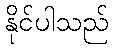
နိုင်ပါသည်